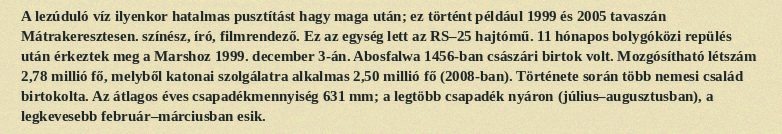
A lezúduló víz ilyenkor hatalmas pusztítást hagy maga után; ez történt például 1999 és 2005 tavaszán Mátrakeresztesen. színész, író, filmrendező. Ez az egység lett az RS–25 hajtómű. 11 hónapos bolygóközi repülés után érkeztek meg a Marshoz 1999. december 3-án. Abosfalwa 1456-ban császári birtok volt. Mozgósítható létszám 2,78 millió fő, melyből katonai szolgálatra alkalmas 2,50 millió fő (2008-ban). Története során több nemesi család birtokolta. Az átlagos éves csapadékmennyiség 631 mm; a legtöbb csapadék nyáron (július–augusztusban), a legkevesebb február–márciusban esik.